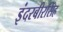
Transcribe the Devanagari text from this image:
इंदरबीरसिंह